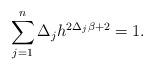
LaTeX: \begin{align*} \sum_{j=1}^{n} \Delta_j h^{2\Delta_j \beta+2} = 1.\end{align*}